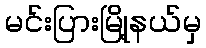
မင်းပြားမြို့နယ်မှ